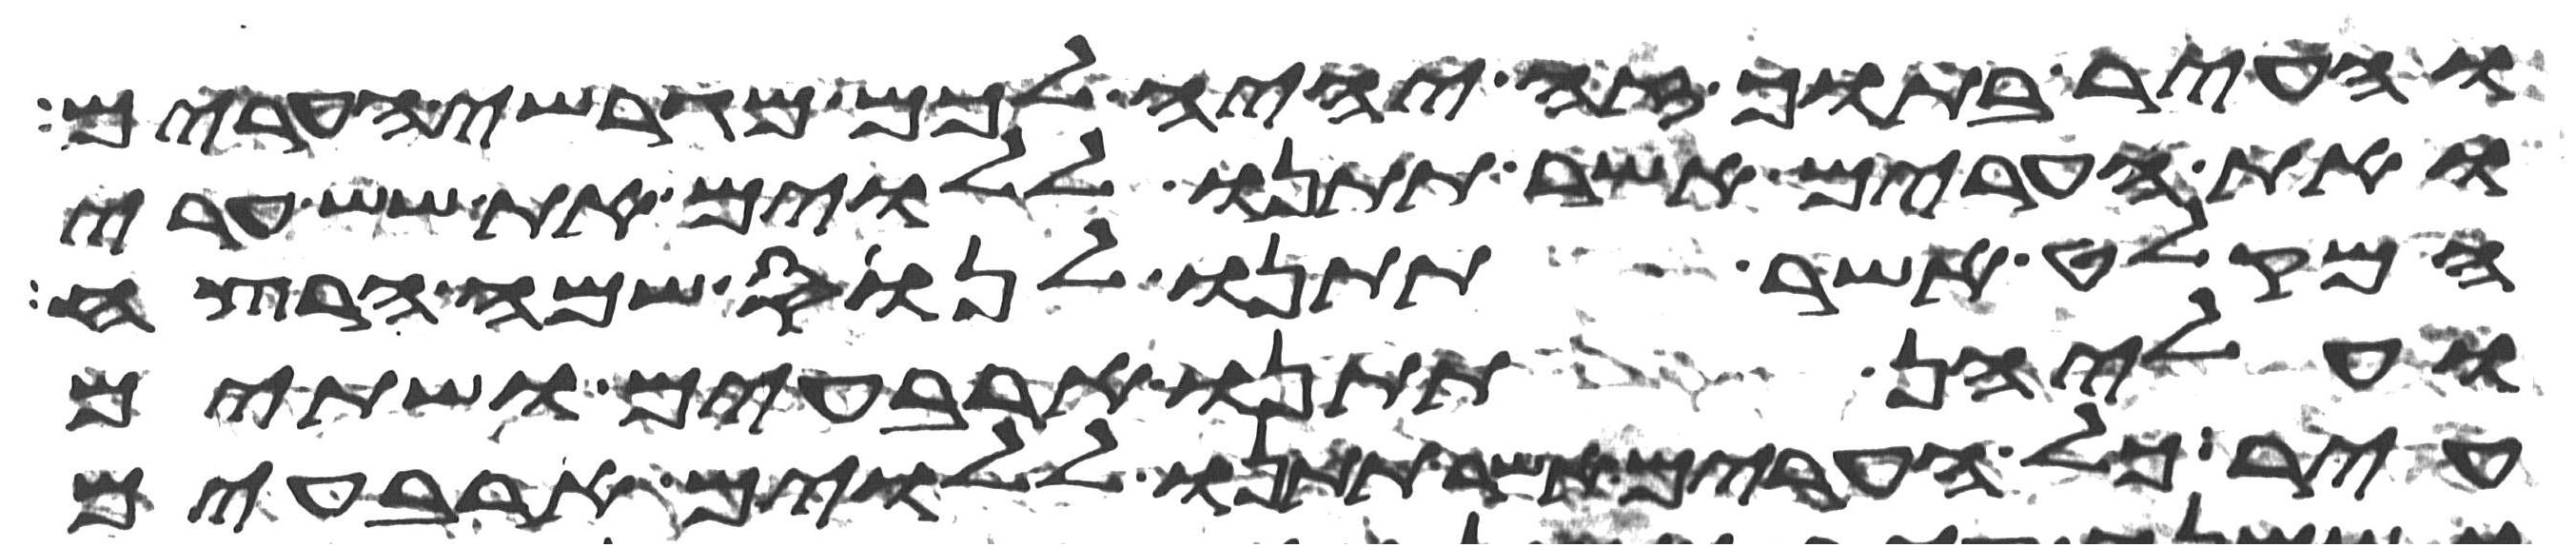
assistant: והעיר בתוך זה יהיה לכם מגרשי הערים
ואת הערים אשר תתנו ללוים את שש ערי
המקלט אשר תתנו לנוס שם הרצח
ועליהן תתנו ארבעים ושתים
עיר כל הערים אשר תתנו ללוים ארבעים